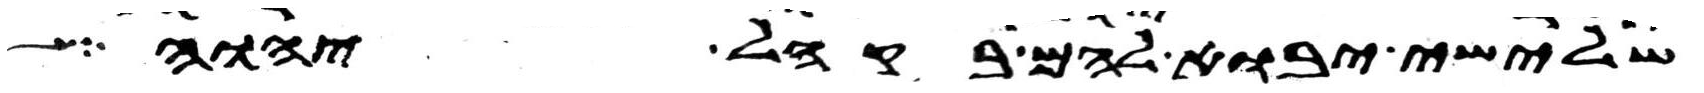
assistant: שלישי יבוא להם בקהל יהוה